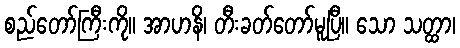
စည်တော်ကြီးကို။ အာဟနိ၊ တီးခတ်တော်မူပြီ။ သော သတ္ထာ၊